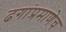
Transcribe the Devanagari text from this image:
ढगांप्रमाणेच